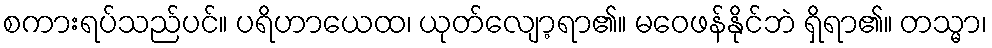
စကားရပ်သည်ပင်။ ပရိဟာယေထ၊ ယုတ်လျော့ရာ၏။ မဝေဖန်နိုင်ဘဲ ရှိရာ၏။ တသ္မာ၊